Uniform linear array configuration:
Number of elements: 16
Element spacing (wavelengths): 0.75
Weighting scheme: binomial
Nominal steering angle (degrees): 30
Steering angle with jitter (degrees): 28.587
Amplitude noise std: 0.05
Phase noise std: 0.05

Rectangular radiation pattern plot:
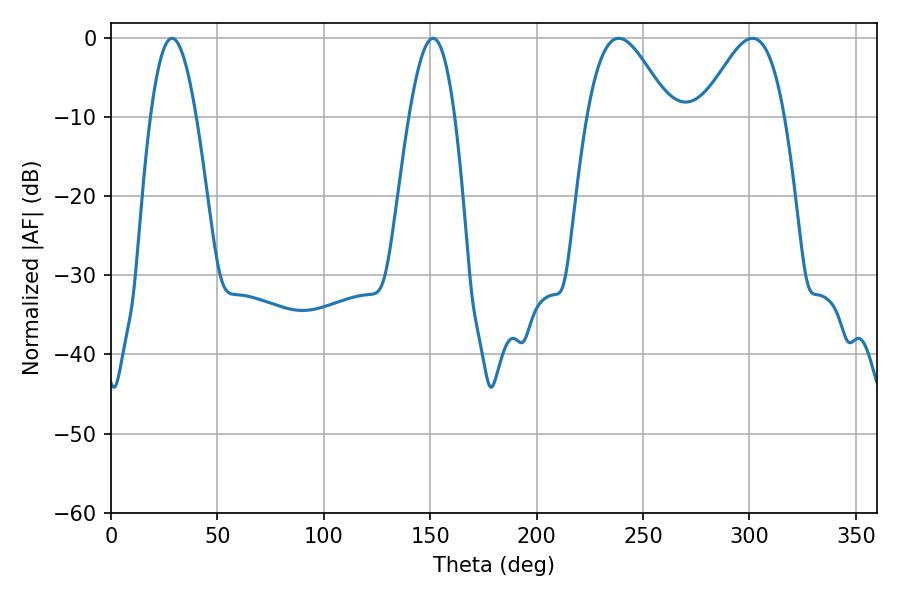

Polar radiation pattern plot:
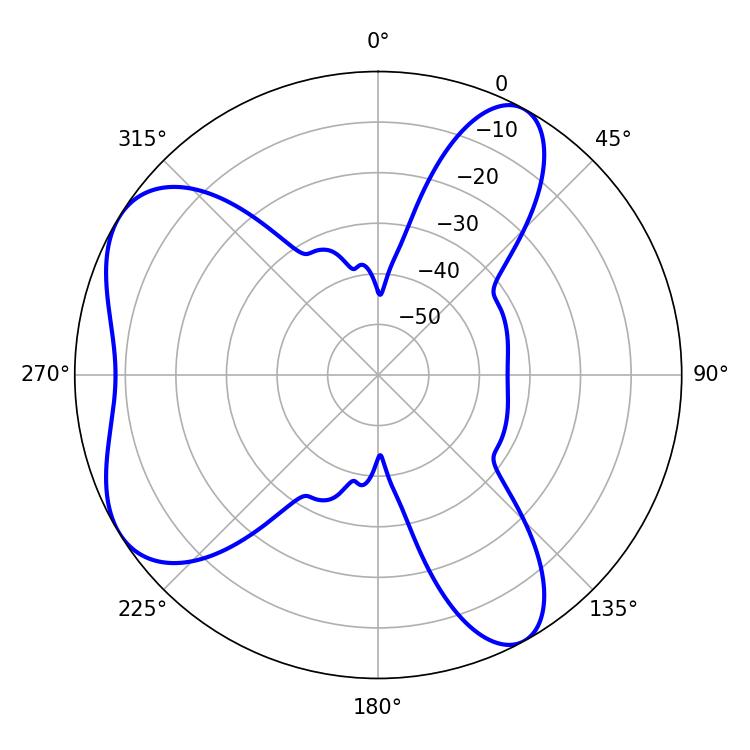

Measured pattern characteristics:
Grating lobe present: TRUE
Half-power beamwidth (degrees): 20.7
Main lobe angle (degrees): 238.5